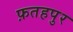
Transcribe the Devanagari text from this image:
फ़तहपुर